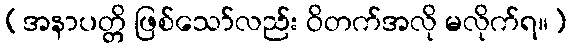
(အနာပတ္တိ ဖြစ်သော်လည်း ဝိတက်အလို မလိုက်ရ။)